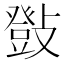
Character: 𢿤